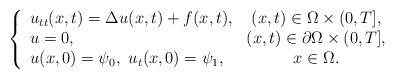
LaTeX: \begin{align*}\left\{\begin{array}{lc}u_{tt}(x,t) = \Delta u(x,t)+ f(x,t), & (x,t)\in \Omega \times (0,T], \\u = 0, & (x,t)\in \partial \Omega \times (0,T], \\u(x,0)=\psi_0,~u_t(x,0)=\psi_1, & x \in \Omega.\end{array}\right.\,\end{align*}